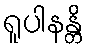
ရူပါနန္တိ